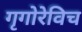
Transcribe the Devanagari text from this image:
गृगोरेविच